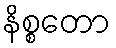
နိစ္စတော